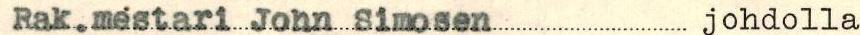
Rak.mestari John Simosen johdolla